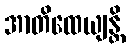
အာတိထေယျန္တိ